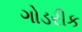
ગોડરીક